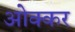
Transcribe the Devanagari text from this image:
ओक्कर